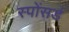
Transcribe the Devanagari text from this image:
स्पोंसर्ड